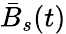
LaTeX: \bar{B}_{s}(t)